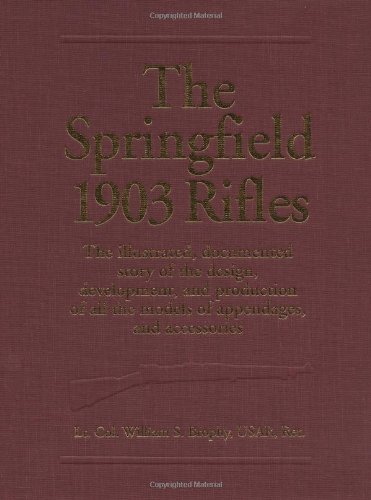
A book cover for The Springfield 1903 Rifles (The Illustrated, Documented Story of the Design, Development, and Production of all the Models of Appendages, and Accessories); Lt. Col. William S. Brophy USAR (Ret.); Crafts, Hobbies & Home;